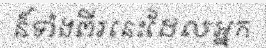
ន៏ទាំងពីរនេះដែលអ្នក